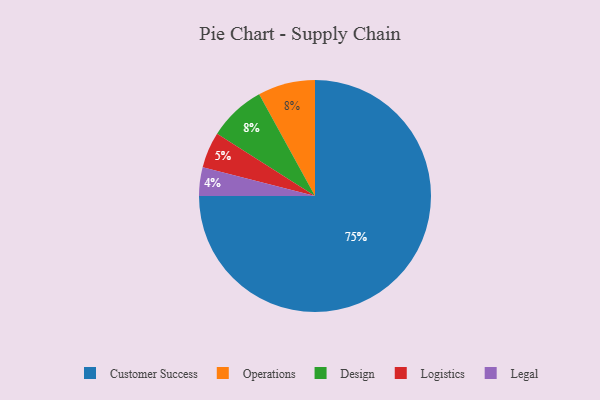
{"axis": {"x": "Category", "y": "Percentage"}, "legend": ["Customer Success", "Design", "Legal", "Logistics", "Operations"], "data": [{"x": "Operations", "y": 8, "type": "Operations"}, {"x": "Logistics", "y": 5, "type": "Logistics"}, {"x": "Legal", "y": 4, "type": "Legal"}, {"x": "Customer Success", "y": 75, "type": "Customer Success"}, {"x": "Design", "y": 8, "type": "Design"}]}